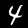
Digit: 4